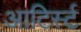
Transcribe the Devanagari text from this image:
आटिर्स्ट